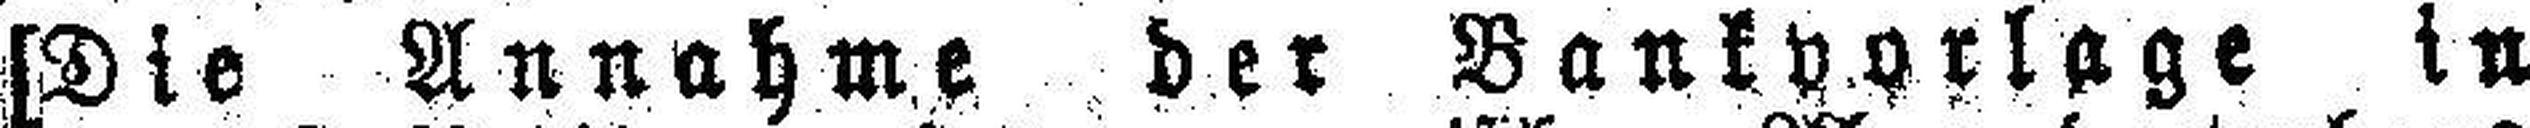
[Die Annahme der Bankvorlage in